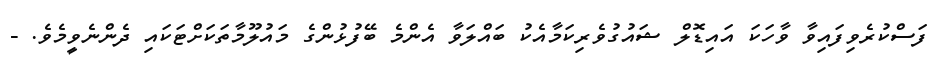
ފަސްކުރެވިފައިވާ ވާހަކަ އައިޑޮލް ޝައުގުވެރިކަމާއެކު ބައްލަވާ އެންމެ ބޭފުޅުންގެ މައުލޫމާތަކަށްޓަކައި ދެންނެވީމެވެ. -